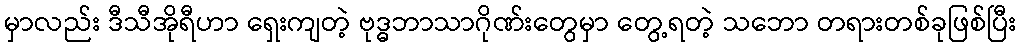
မှာလည်း ဒီသီအိုရီဟာ ရှေးကျတဲ့ ဗုဒ္ဓဘာသာဂိုဏ်းတွေမှာ တွေ့ရတဲ့ သဘော တရားတစ်ခုဖြစ်ပြီး